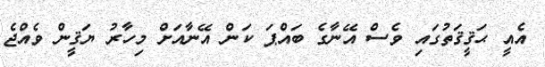
އެއީ ޙަޤީޤަތުގައި ވެސް އޭނާގެ ބައްޕަ ކަން އޭނާއަށް މިހާރު ޔަޤީން ވެއްޖެ